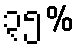
၃၅%